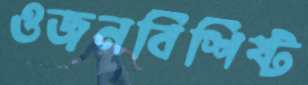
ওজনবিশিষ্ট